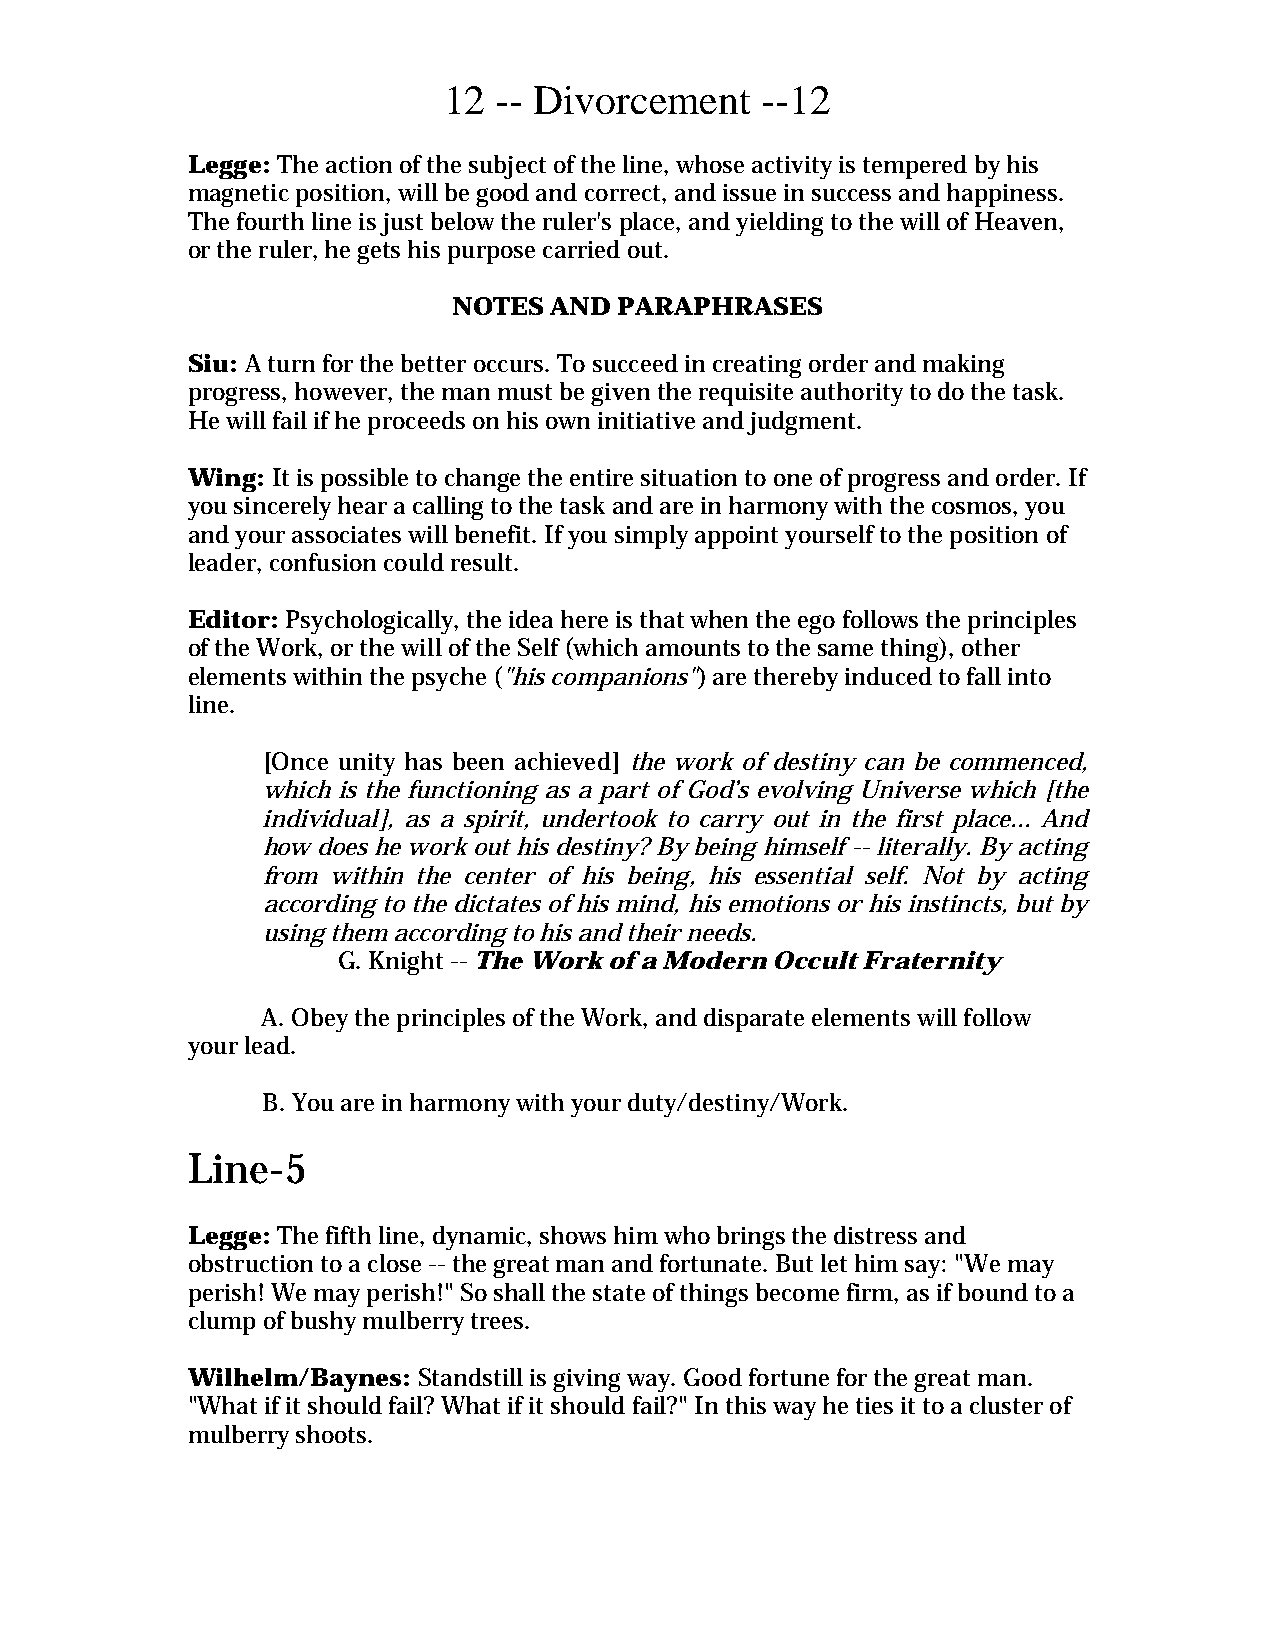
12  -- Divorcement   --12
 Legge: The action of the subject of the line, whose activity is tempered by his
 magnetic position, will be good and correct, and issue in success and happiness.
 The fourth line is just below the ruler's place, and yielding to the will of Heaven,
 or the ruler, he gets his purpose carried out.
 NOTES AND  PARAPHRASES
 Siu: A turn for the better occurs. To succeed in creating order and making
 progress, however, the man must be given the requisite authority to do the task.
 He will fail if he proceeds on his own initiative and judgment.
 Wing: It is possible to change the entire situation to one of progress and order. If
 you sincerely hear a calling to the task and are in harmony with the cosmos, you
 and your associates will benefit. If you simply appoint yourself to the position of
 leader, confusion could result.
 Editor: Psychologically, the idea here is that when the ego follows the principles
 of the Work, or the will of the Self (which amounts to the same thing), other
 elements within the psyche ("his companions") are thereby induced to fall into
 line.
 [Once unity has been achieved] the work of destiny can be commenced,
 which is the functioning as a part of God’s evolving Universe which [the
 individual], as a spirit, undertook to carry out in the first place... And
 how does he work out his destiny? By being himself -- literally. By acting
 from within the center of his being, his essential self. Not by acting
 according to the dictates of his mind, his emotions or his instincts, but by
 using them according to his and their needs.
 G. Knight -- The Work of a Modern Occult Fraternity
 A. Obey the principles of the Work, and disparate elements will follow
 your lead.
 B. You are in harmony with your duty/destiny/Work.
 Line-5
 Legge: The fifth line, dynamic, shows him who brings the distress and
 obstruction to a close -- the great man and fortunate. But let him say: "We may
 perish! We may perish!" So shall the state of things become firm, as if bound to a
 clump of bushy mulberry trees.
 Wilhelm/Baynes: Standstill is giving way. Good fortune for the great man.
 "What if it should fail? What if it should fail?" In this way he ties it to a cluster of
 mulberry shoots.